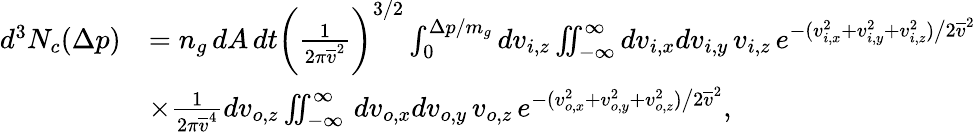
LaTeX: \begin{array}{rl}{d^{3}N_{c}(\Delta p)}&{=n_{g}\, dA\, dt\bigg(\frac{1}{2\pi\overline{{v}}^{2}}\bigg)^{3/2}\int_{0}^{\Delta p/m_{g}}dv_{i,z}\iint_{-\infty}^{\infty}dv_{i,x}dv_{i,y}\, v_{i,z}\, e^{-(v_{i,x}^{2}+v_{i,y}^{2}+v_{i,z}^{2})\big/2\overline{{v}}^{2}}}\\ &{\times\frac{1}{2\pi\overline{{v}}^{4}}dv_{o,z}\iint_{-\infty}^{\infty}\, dv_{o,x}dv_{o,y}\, v_{o,z}\, e^{-(v_{o,x}^{2}+v_{o,y}^{2}+v_{o,z}^{2})\big/2\overline{{v}}^{2}},}\end{array}